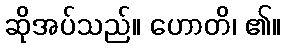
ဆိုအပ်သည်။ ဟောတိ၊ ၏။